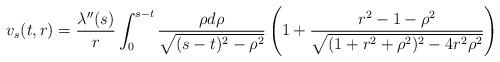
LaTeX: \begin{align*} v_{s}(t,r) = \frac{\lambda''(s)}{r} \int_{0}^{s-t} \frac{\rho d\rho}{\sqrt{(s-t)^{2}-\rho^{2}}} \left(1+\frac{r^{2}-1-\rho^{2}}{\sqrt{(1+r^{2}+\rho^{2})^{2}-4 r^{2}\rho^{2}}}\right)\end{align*}